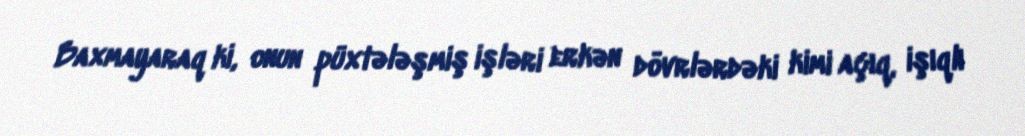
Baxmayaraq ki, onun püxtələşmiş işləri erkən dövrlərdəki kimi açıq, işıqlı